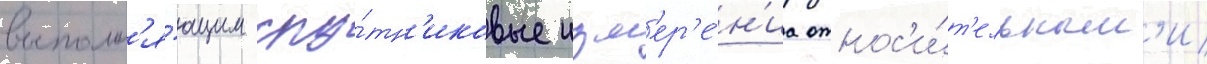
выполн'я́ющим спу́тн'иковые изм'ер'е́н'иа относ'и́т'ельным'и